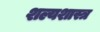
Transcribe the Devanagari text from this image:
शल्यशास्त्र